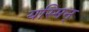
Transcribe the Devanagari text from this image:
यस्मिन्‌